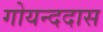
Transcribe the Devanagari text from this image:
गोयन्ददास